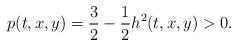
LaTeX: \begin{align*}p(t, x, y)=\frac32-\frac 12h^2(t, x, y)>0.\end{align*}